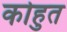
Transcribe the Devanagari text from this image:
कोहुत